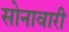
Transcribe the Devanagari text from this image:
सोनावारी